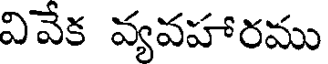
వివేక వ్యవహారము